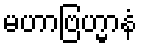
မဟာဗြဟ္မာနံ